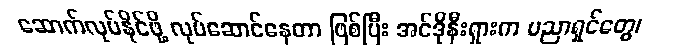
ဆောက်လုပ်နိုင်ဖို့ လုပ်ဆောင်နေတာ ဖြစ်ပြီး အင်ဒိုနီးရှားက ပညာရှင်တွေ၊